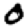
Digit: 0